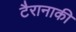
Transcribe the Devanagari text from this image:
टैरानाकी